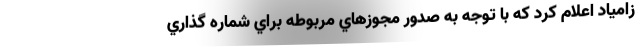
زامياد اعلام کرد که با توجه به صدور مجوزهاي مربوطه براي شماره گذاري